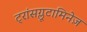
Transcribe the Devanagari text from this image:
ट्रांसग्लूटामिनेज़